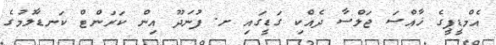
އެމްޑީޕީގެ ޚާއްސަ ޖަލްސާ ދެއްކި ގަޑީގައި ށ. ފުނަދޫ އިން ކަރަންޓް ކަނޑާލުމުގެ